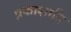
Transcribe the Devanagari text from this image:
प्रकाशादि